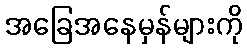
အခြေအနေမှန်များကို